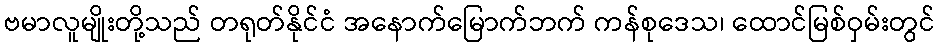
ဗမာလူမျိုးတို့သည် တရုတ်နိုင်ငံ အနောက်မြောက်ဘက် ကန်စုဒေသ၊ ထောင်မြစ်ဝှမ်းတွင်